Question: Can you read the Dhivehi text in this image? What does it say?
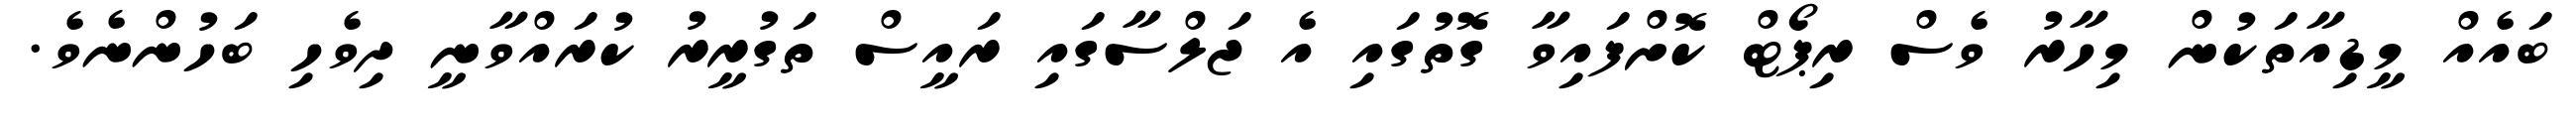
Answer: ބައެއް މީޑިއާތަކުން މިހާރު ވެސް ރިޕޯޓް ކޮށްފައިވާ ގޮތުގައި އެ ޖަލްސާގައި ރައީސް ތަގުރީރު ކުރައްވާނީ ދިވެހި ބަހުންނެވެ.